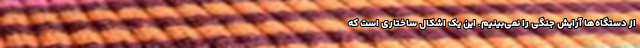
از دستگاه‌ها آرایش جنگی را نمی‌بینیم. این یک اشکال ساختاری است که